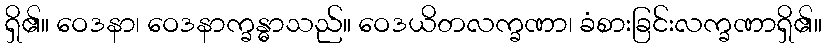
ရှိ၏။ ဝေဒနာ၊ ဝေဒနာက္ခန္ဓာသည်။ ဝေဒယိတလက္ခဏာ၊ ခံစားခြင်းလက္ခဏာရှိ၏။